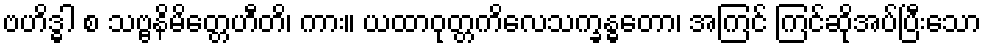
ဗဟိဒ္ဓါ စ သဗ္ဗနိမိတ္တေဟီတိ၊ ကား။ ယထာဝုတ္တကိလေသက္ခန္ဓတော၊ အကြင် ကြင်ဆိုအပ်ပြီးသော